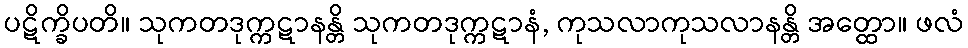
ပဋိက္ခိပတိ။ သုကတဒုက္ကဋာနန္တိ သုကတဒုက္ကဋာနံ, ကုသလာကုသလာနန္တိ အတ္ထော။ ဖလံ